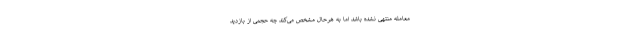
معامله منتهی نشده باشد اما به هرحال مشخص می‌کند چه حجمی از بازدید